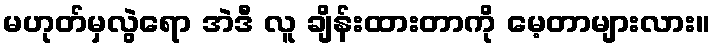
မဟုတ်မှလွဲရော အဲဒီ လူ ချိန်းထားတာကို မေ့တာများလား။